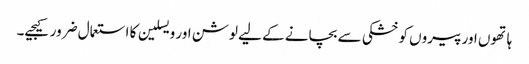
ہاتھوں اور پیروں کو خشکی سے بچانے کے لیے لوشن اور ویسلین کا استعمال ضرور کیجیے۔